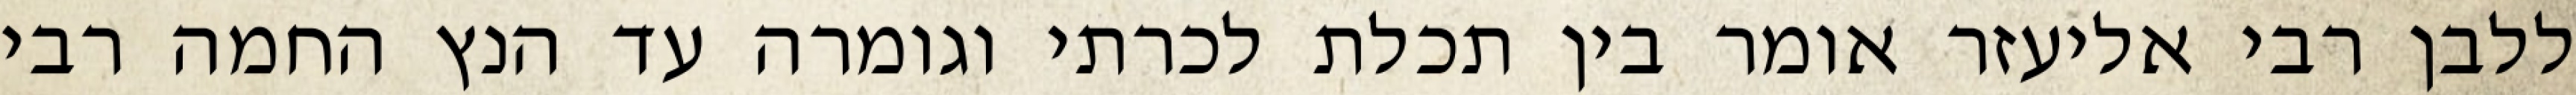
ללבן רבי אליעזר אומר בין תכלת לכרתי וגומרה עד הנץ החמה רבי